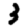
Digit: 3